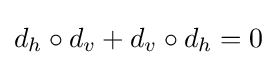
d_{h}\circ d_{v}+d_{v}\circ d_{h}=0